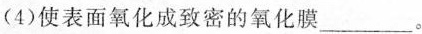
(4)使表面氧化成致密的氧化膜___。